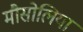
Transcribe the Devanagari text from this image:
मौसोलिया